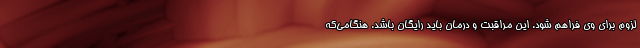
لزوم برای وی فراهم شود. این مراقبت و درمان باید رایگان باشد. هنگامی‌که